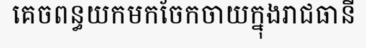
គេចពន្ធយកមកចែកចាយក្នុងរាជធានី